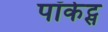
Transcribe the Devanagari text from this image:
पॉकेट्स